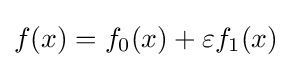
f(x)=f_{0}(x)+\varepsilon f_{1}(x)